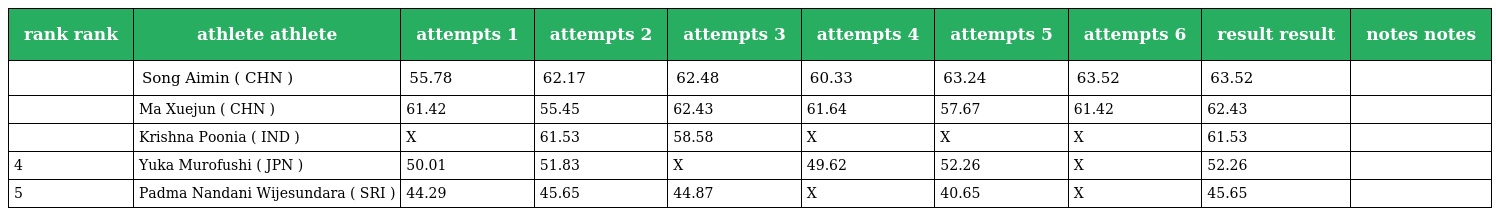
| rank rank | athlete athlete | attempts 1 | attempts 2 | attempts 3 | attempts 4 | attempts 5 | attempts 6 | result result | notes notes |
 | --- | --- | --- | --- | --- | --- | --- | --- | --- | --- |
 |  | Song Aimin ( CHN ) | 55.78 | 62.17 | 62.48 | 60.33 | 63.24 | 63.52 | 63.52 |  |
 |  | Ma Xuejun ( CHN ) | 61.42 | 55.45 | 62.43 | 61.64 | 57.67 | 61.42 | 62.43 |  |
 |  | Krishna Poonia ( IND ) | X | 61.53 | 58.58 | X | X | X | 61.53 |  |
 | 4 | Yuka Murofushi ( JPN ) | 50.01 | 51.83 | X | 49.62 | 52.26 | X | 52.26 |  |
 | 5 | Padma Nandani Wijesundara ( SRI ) | 44.29 | 45.65 | 44.87 | X | 40.65 | X | 45.65 |  |